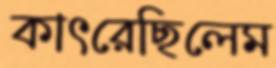
কাৎরেছিলেম